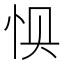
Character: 𰑌